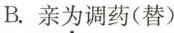
B.亲为调药(替)